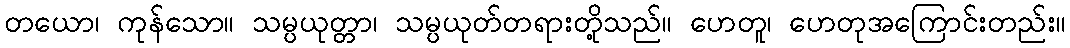
တယော၊ ကုန်သော။ သမ္ပယုတ္တာ၊ သမ္ပယုတ်တရားတို့သည်။ ဟေတူ၊ ဟေတုအကြောင်းတည်း။